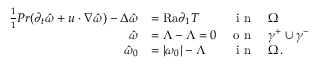
\begin{array} { r l r l } { \frac { 1 } { 1 } { { P r } } ( \partial _ { t } \hat { \omega } + u \cdot \nabla \hat { \omega } ) - \Delta \hat { \omega } } & { = { \mathrm { R a } } \partial _ { 1 } T } & { \textnormal { i n } } & { \Omega } \\ { \hat { \omega } } & { = \Lambda - \Lambda = 0 } & { \textnormal { o n } } & { \gamma ^ { + } \cup \gamma ^ { - } } \\ { \hat { \omega } _ { 0 } } & { = | \omega _ { 0 } | - \Lambda } & { \textnormal { i n } } & { \Omega \, . } \end{array}